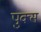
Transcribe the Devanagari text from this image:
पुक्स